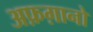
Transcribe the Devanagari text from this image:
अफ़ग़ानो